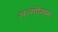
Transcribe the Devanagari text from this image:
अल्गोरिथ्म्स